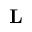
\textbf { L }